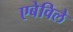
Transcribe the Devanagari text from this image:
एबेविले